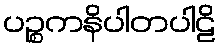
ပဉ္စကနိပါတပါဠိ